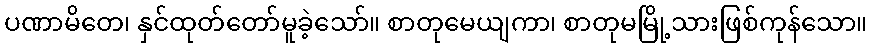
ပဏာမိတေ၊ နှင်ထုတ်တော်မူခဲ့သော်။ စာတုမေယျကာ၊ စာတုမမြို့သားဖြစ်ကုန်သော။